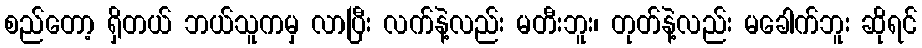
စည်တော့ ရှိတယ် ဘယ်သူကမှ လာပြီး လက်နဲ့လည်း မတီးဘူး၊ တုတ်နဲ့လည်း မခေါက်ဘူး ဆိုရင်